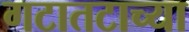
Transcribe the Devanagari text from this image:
गटातटाच्या